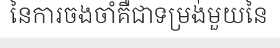
នៃការចងចាំគឺជាទម្រង់មួយនៃ